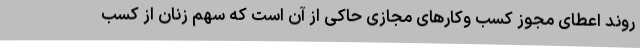
روند اعطای مجوز کسب وکارهای مجازی حاکی از آن است که سهم زنان از کسب